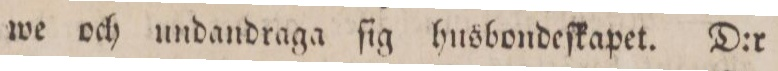
we och undandraga ſig husbondeſkapet. D:r